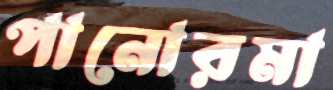
পানোরমা